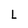
Character: L